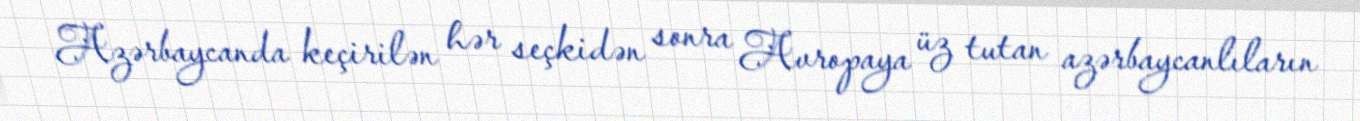
Azərbaycanda keçirilən hər seçkidən sonra Avropaya üz tutan azərbaycanlıların